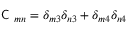
\textsf { C } _ { m n } = \delta _ { m 3 } \delta _ { n 3 } + \delta _ { m 4 } \delta _ { n 4 }